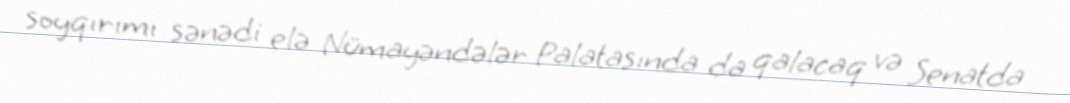
soyqırımı sənədi elə Nümayəndələr Palatasında da qalacaq və Senatda